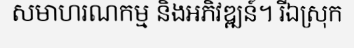
សមាហរណកម្ម និងអភិវឌ្ឍន៍។ រីឯស្រុក